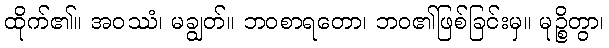
ထိုက်၏။ အဝဿံ၊ မချွတ်။ ဘဝစာရတော၊ ဘဝ၏ဖြစ်ခြင်းမှ။ မုဉ္စိတွာ၊